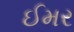
ઈમર